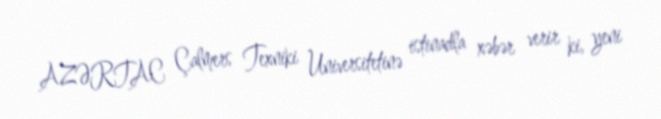
AZƏRTAC Çalmers Texniki Universitetinə istinadla xəbər verir ki, yeni